Vaccination report Assam 1874-1896 - 1874-1896
Year: 1874
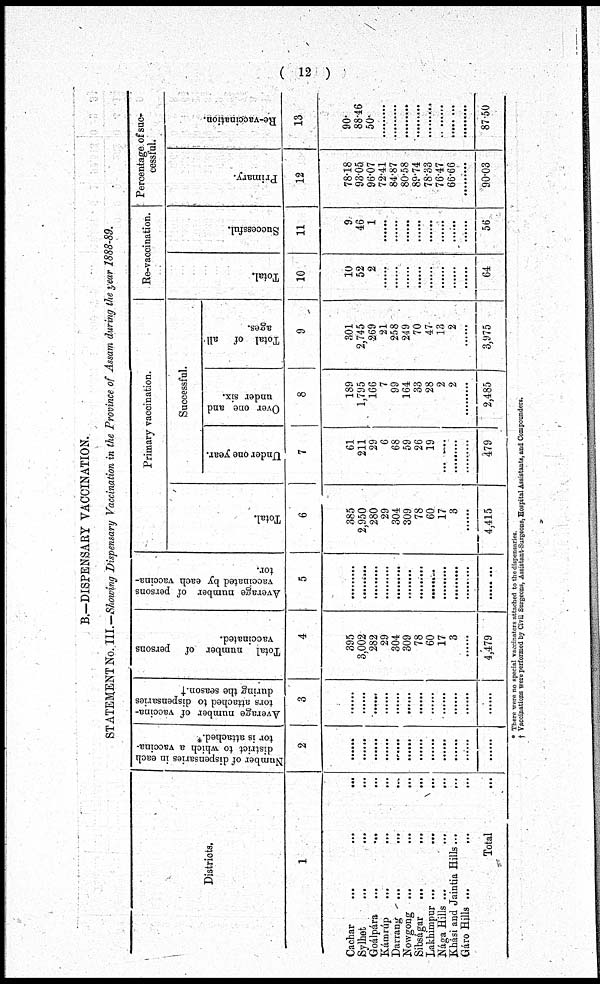
( 12 )
B.—DISPENSARY VACCINATION.
STATEMENT No. III.—Showing Dispensary Vaccination in the Province of Assam during the year 1888-89.
Districts.
1
Cachar
...
...
...
Sylhet
...
...
...
Goálpára ...
...
...
Kámrúp
... ... ...
Darrang ... ... ...
Nowgong ... ... ...
Sibságar
...
...
...
Lakhimpur ...
...
...
Nága Hills ...
...
...
Khási and Jaintia Hills...
...
Gáro Hills ...
...
...
Total ...
Number of dispensaries in each
district to which a vaccina-
tor is attached.*
2
......
......
......
......
......
......
......
......
......
......
......
......
Average number of vaccina-
tors attached to dispensaries
during the season.†
3
......
......
......
......
......
......
......
......
......
......
......
......
Total number of persons
vaccinated.
4
395
3,002
282
29
304
309
78
60
17
3
......
4,479
Average number of persons
vaccinated by each vaccina-
tor.
5
.........
.........
.........
.........
.........
.........
.........
.........
.........
.........
.........
.........
Primary vaccination.
Total.
6
385
2,950
280
29
304
309
78
60
17
3
......
4,415
Successful.
Under one year.
7
61
211
29
6
68
59
26
19
.........
.........
.........
479
Over one and
under six.
8
189
1,795
166
7
99
164
33
28
2
2
.........
2,485
Total of all
ages.
9
301
2,745
269
21
258
249
70
47
13
2
......
3,975
Re-vaccination.
Total.
10
10
52
2
......
......
......
......
......
......
......
......
64
Successful.
11
9
46
1
......
......
......
......
......
......
......
......
56
Percentage of suc¬
cessful.
Primary.
12
78.18
93.05
96.07
72.41
84.87
80.58
89.74
78.33
76.47
66.66
.........
90.03
Re-vaccination.
13
90.
88.46
50.
.........
.........
.........
.........
.........
.........
.........
.........
87.50
* There were no special vaccinators attached to the dispensaries.
† Vaccinations were performed by Civil Surgeons, Assistant-Surgeons, Hospital Assistants, and Compounders.